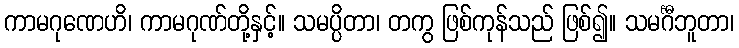
ကာမဂုဏေဟိ၊ ကာမဂုဏ်တို့နှင့်။ သမပ္ပိတာ၊ တကွ ဖြစ်ကုန်သည် ဖြစ်၍။ သမင်္ဂီဘူတာ၊